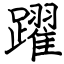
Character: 躍